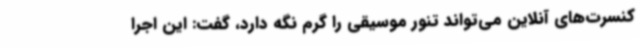
کنسرت‌های آنلاین می‌تواند تنور موسیقی را گرم نگه دارد، گفت: این اجرا